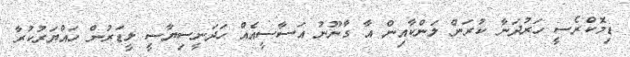
ޑިމޮކްރެސީ ހަރުދަނާ ކުރަން ލަންކާއިން އާ ގާނޫނު އަސާސީއެއް ހަދަނީސިޔާސީ ލީޑަރުން ހައްޔަރުކުރާ